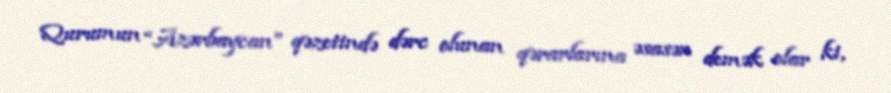
Qurumun “Azərbaycan” qəzetində dərc olunan qərarlarına əsasən demək olar ki,